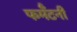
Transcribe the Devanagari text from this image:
फर्मॅटनी